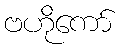
ဗဟိုကော်